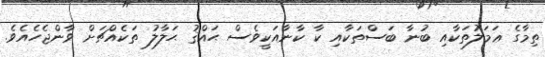
ތިމާގެ ޢަމަލުތަކާއި ބުނާ ބަސްތަކާއި ކާ ކާނާއަކީވެސް ޙައްޤު ޙަލާލު ތަކެއްޗަށް ވާންޖެހެއެވެ.